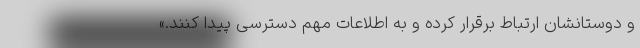
و دوستانشان ارتباط برقرار کرده و به اطلاعات مهم دسترسی پیدا کنند.»